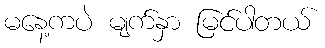
မနေ့ကပဲ မျက်နှာ မြင်ပါတယ်